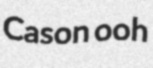
Cason ooh